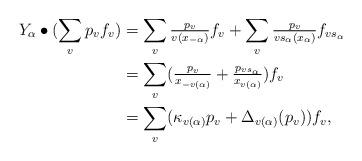
LaTeX: \begin{align*}Y_\alpha \bullet (\sum_v p_v f_v) &=\sum_v \tfrac{p_v}{v(x_{-\alpha})}f_v+\sum_v \tfrac{p_v}{vs_\alpha(x_\alpha)}f_{vs_\alpha}\\ &=\sum_v (\tfrac{p_v}{x_{-v(\alpha)}}+\tfrac{p_{vs_\alpha}}{x_{v(\alpha)}})f_v\\ &=\sum_v (\kappa_{v(\alpha)}p_v+\Delta_{v(\alpha)}(p_v))f_v,\end{align*}